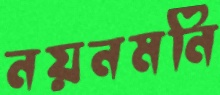
নয়নমনি